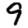
Digit: 9